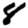
Digit: 8